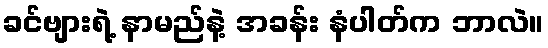
ခင်ဗျားရဲ့ နာမည်နဲ့ အခန်း နံပါတ်က ဘာလဲ။